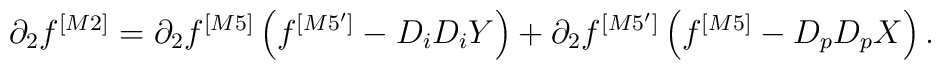
\partial_2f^{[M2]}=  \partial_2f^{[M5]} \left(f^{[M5']}-D_iD_iY\right) +\partial_2f^{[M5']}\left(f^{[M5]} -D_pD_pX\right).